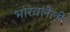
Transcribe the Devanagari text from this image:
भारवलेली